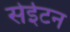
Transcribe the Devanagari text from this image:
सेईटन